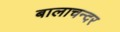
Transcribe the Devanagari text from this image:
बालाचन्दर